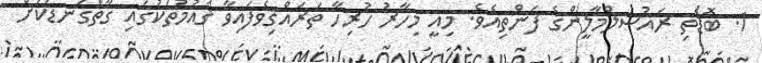
1. ބޮޑެތި ރައުސުލްމާލީންގެ ފަންތިއެވެ. މިއީ މިހާރު ހުރިހާ ތަރައްޤިވެފައިވާ ޤައުމުތަކުގައި ގާތްގަނޑަކަށް